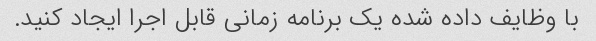
با وظایف داده شده یک برنامه زمانی قابل اجرا ایجاد کنید.